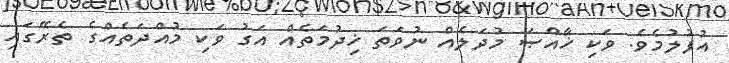
އުފުލުމެވެ. ވަކި ޚާއްޞަ މުދަލެއް ނުވަތަ ޚިދުމަތެއް އަގު ވަކި މުއްދަތެއްގެ ތެރޭގައި